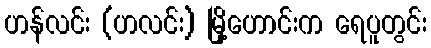
ဟန်လင်း (ဟလင်း) မြို့ဟောင်းက ရေပူတွင်း